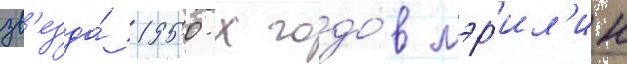
зв'езда́ 1950-х годо́в мэр'ил'ин